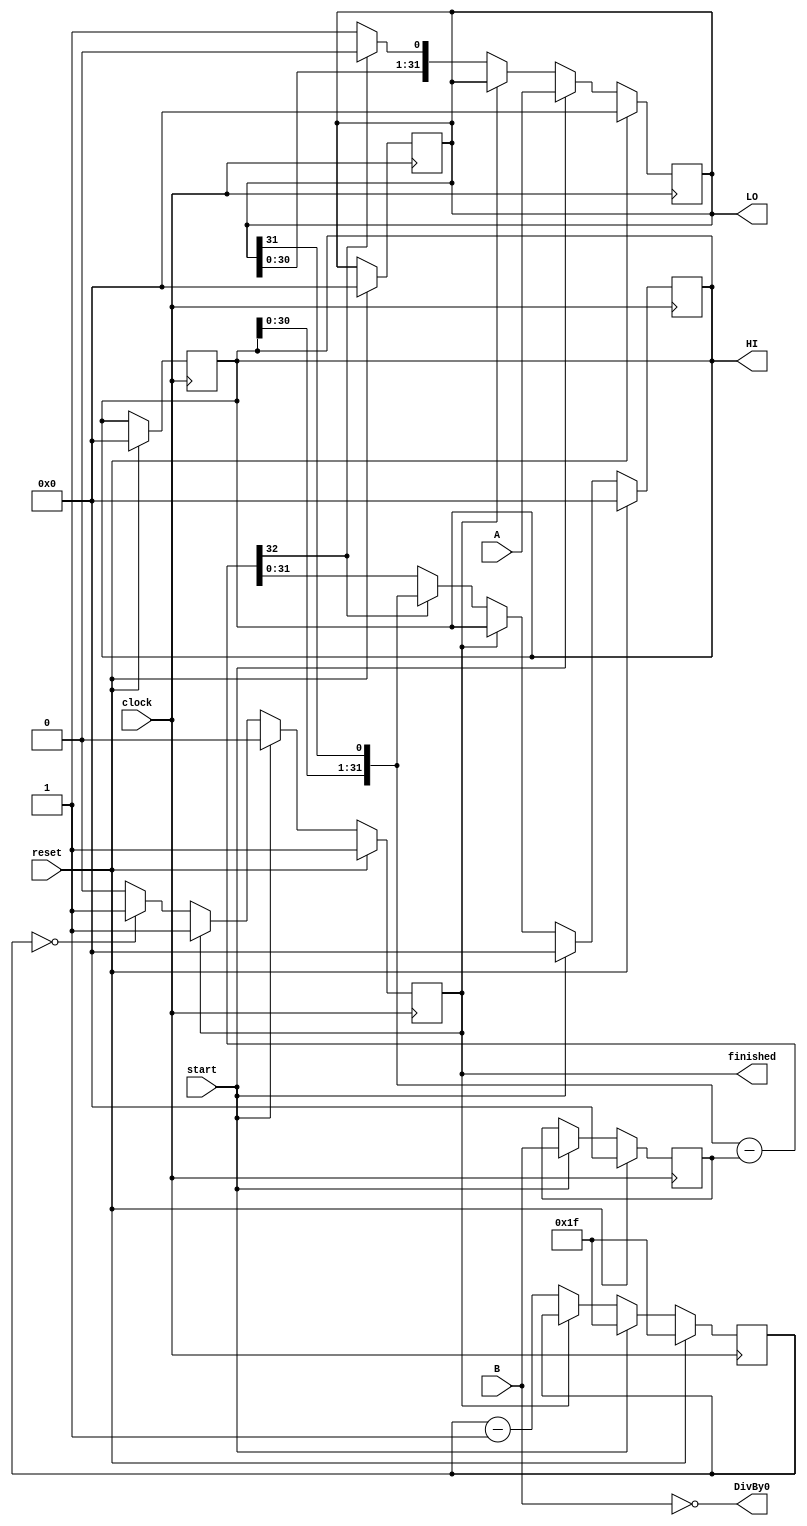
module div (
    input wire clock,
    input wire reset,
    input wire start,

    input wire [31:0] A,
    input wire [31:0] B,

    output reg [31:0] HI,
    output reg [31:0] LO,
    output reg DivBy0,
    output reg finished

);
    reg [4:0] remainingCicles;
    reg [31:0] result; 
    reg [31:0] divideBy;
    reg [31:0] remainder;
    wire [32:0] sub = {remainder[30:0], result[31]} - divideBy; 
    assign DivBy0 = !B;
    assign LO = result; 
    assign HI = remainder;

    always @ (posedge clock) begin
        if(reset == 1'd1) begin 
            remainingCicles = 5'd31;  
            finished = 1'd1;
            result = 0;  
            divideBy = 0;  
            remainder = 0;
            HI[31:0] = 32'd0;
            LO[31:0] = 32'd0;
        end
        else begin
            if (start) begin
                remainingCicles = 5'd31; 
                divideBy = B;
                remainder = 32'd0; 
                result = A;
                finished = 1'b0; 
            end
            else if (finished == 1'b0) begin
                if (sub[32] == 0) begin   
                    remainder = sub[31:0];
                    result = {result[30:0], 1'b1};
                end 
                else begin
                    remainder = {remainder [30:0], result[31]};  
                    result = {result[30:0], 1'b0};
                end
                
                if (remainingCicles == 0) begin // end algorithm
                    finished = 1;
                end 

                else begin
                    finished = 0;
                end
                
                remainingCicles = remainingCicles - 1; 
                
               
            end 
        end
    end


endmodule